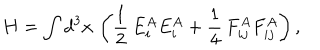
H = \int d ^ { 3 } x \, \left( \frac { 1 } { 2 } \, E _ { i } ^ { A } E _ { i } ^ { A } + \frac { 1 } { 4 } \, F _ { i j } ^ { A } F _ { i j } ^ { A } \right) ,